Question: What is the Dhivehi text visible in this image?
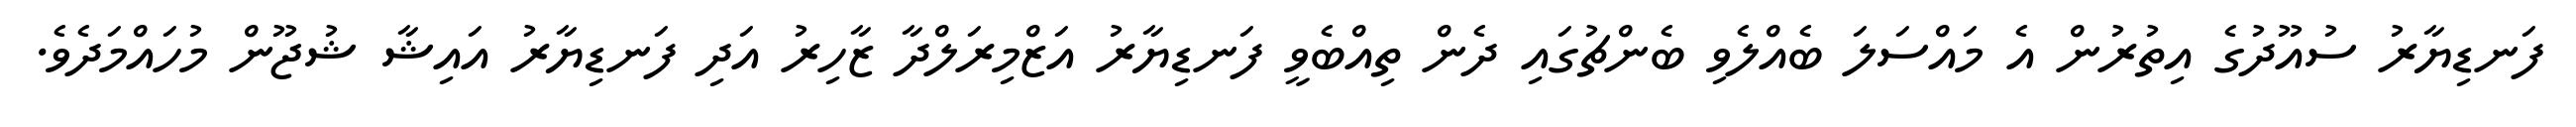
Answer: ފަނޑިޔާރު ސުއޫދުގެ އިތުރުން އެ މައްސަލަ ބެއްލެވި ބެންޗުގައި ދެން ތިއްބެވީ ފަނޑިޔާރު އަޒްމިރަލްދާ ޒާހިރު އަދި ފަނޑިޔާރު އައިޝާ ޝުޖޫން މުހައްމަދެވެ.